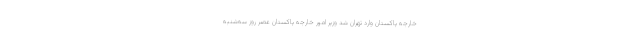
خارجه پاکستان وارد تهران شد وزیر امور خارجه پاکستان عصر روز سه‌شنبه